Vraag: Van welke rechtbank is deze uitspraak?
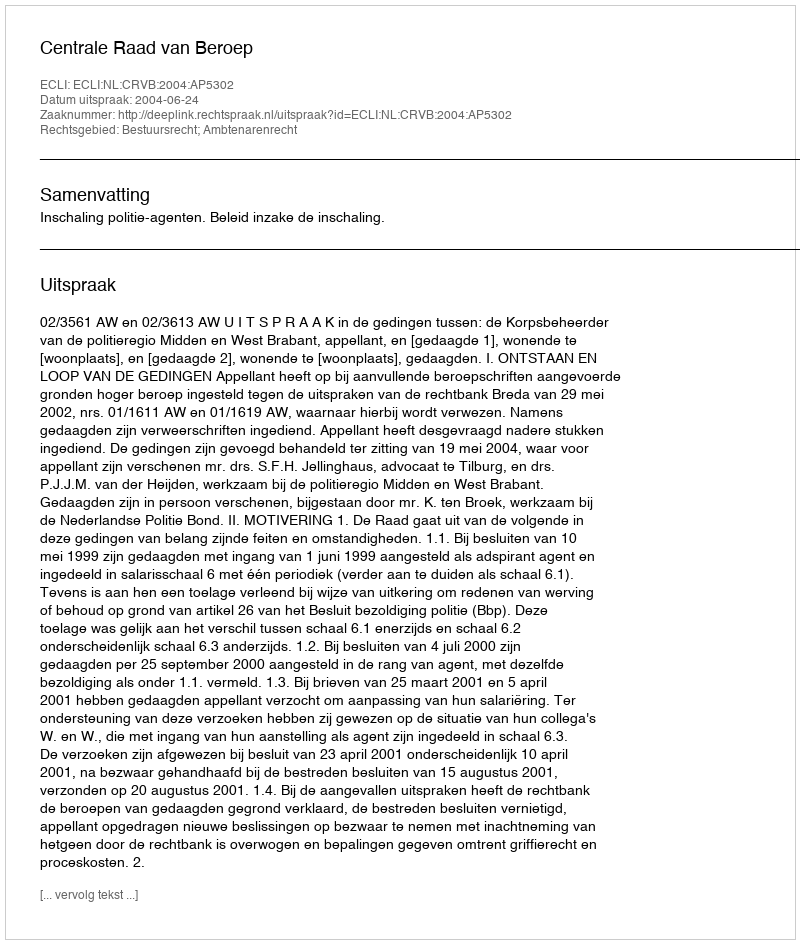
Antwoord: Centrale Raad van Beroep